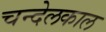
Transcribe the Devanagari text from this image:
चन्देलकाल